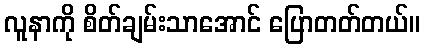
လူနာကို စိတ်ချမ်းသာအောင် ပြောတတ်တယ်။